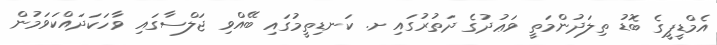
އެމްޑީޕީގެ ބޮޑު ތިލަދުންމަތީ ވަޢުދުގެ ދަތުރުގައި ށ. ކަނޑިތީމުގައި ބޭއްވި ޖަލްސާގައި ވާހަކަދައްކަވަމުން